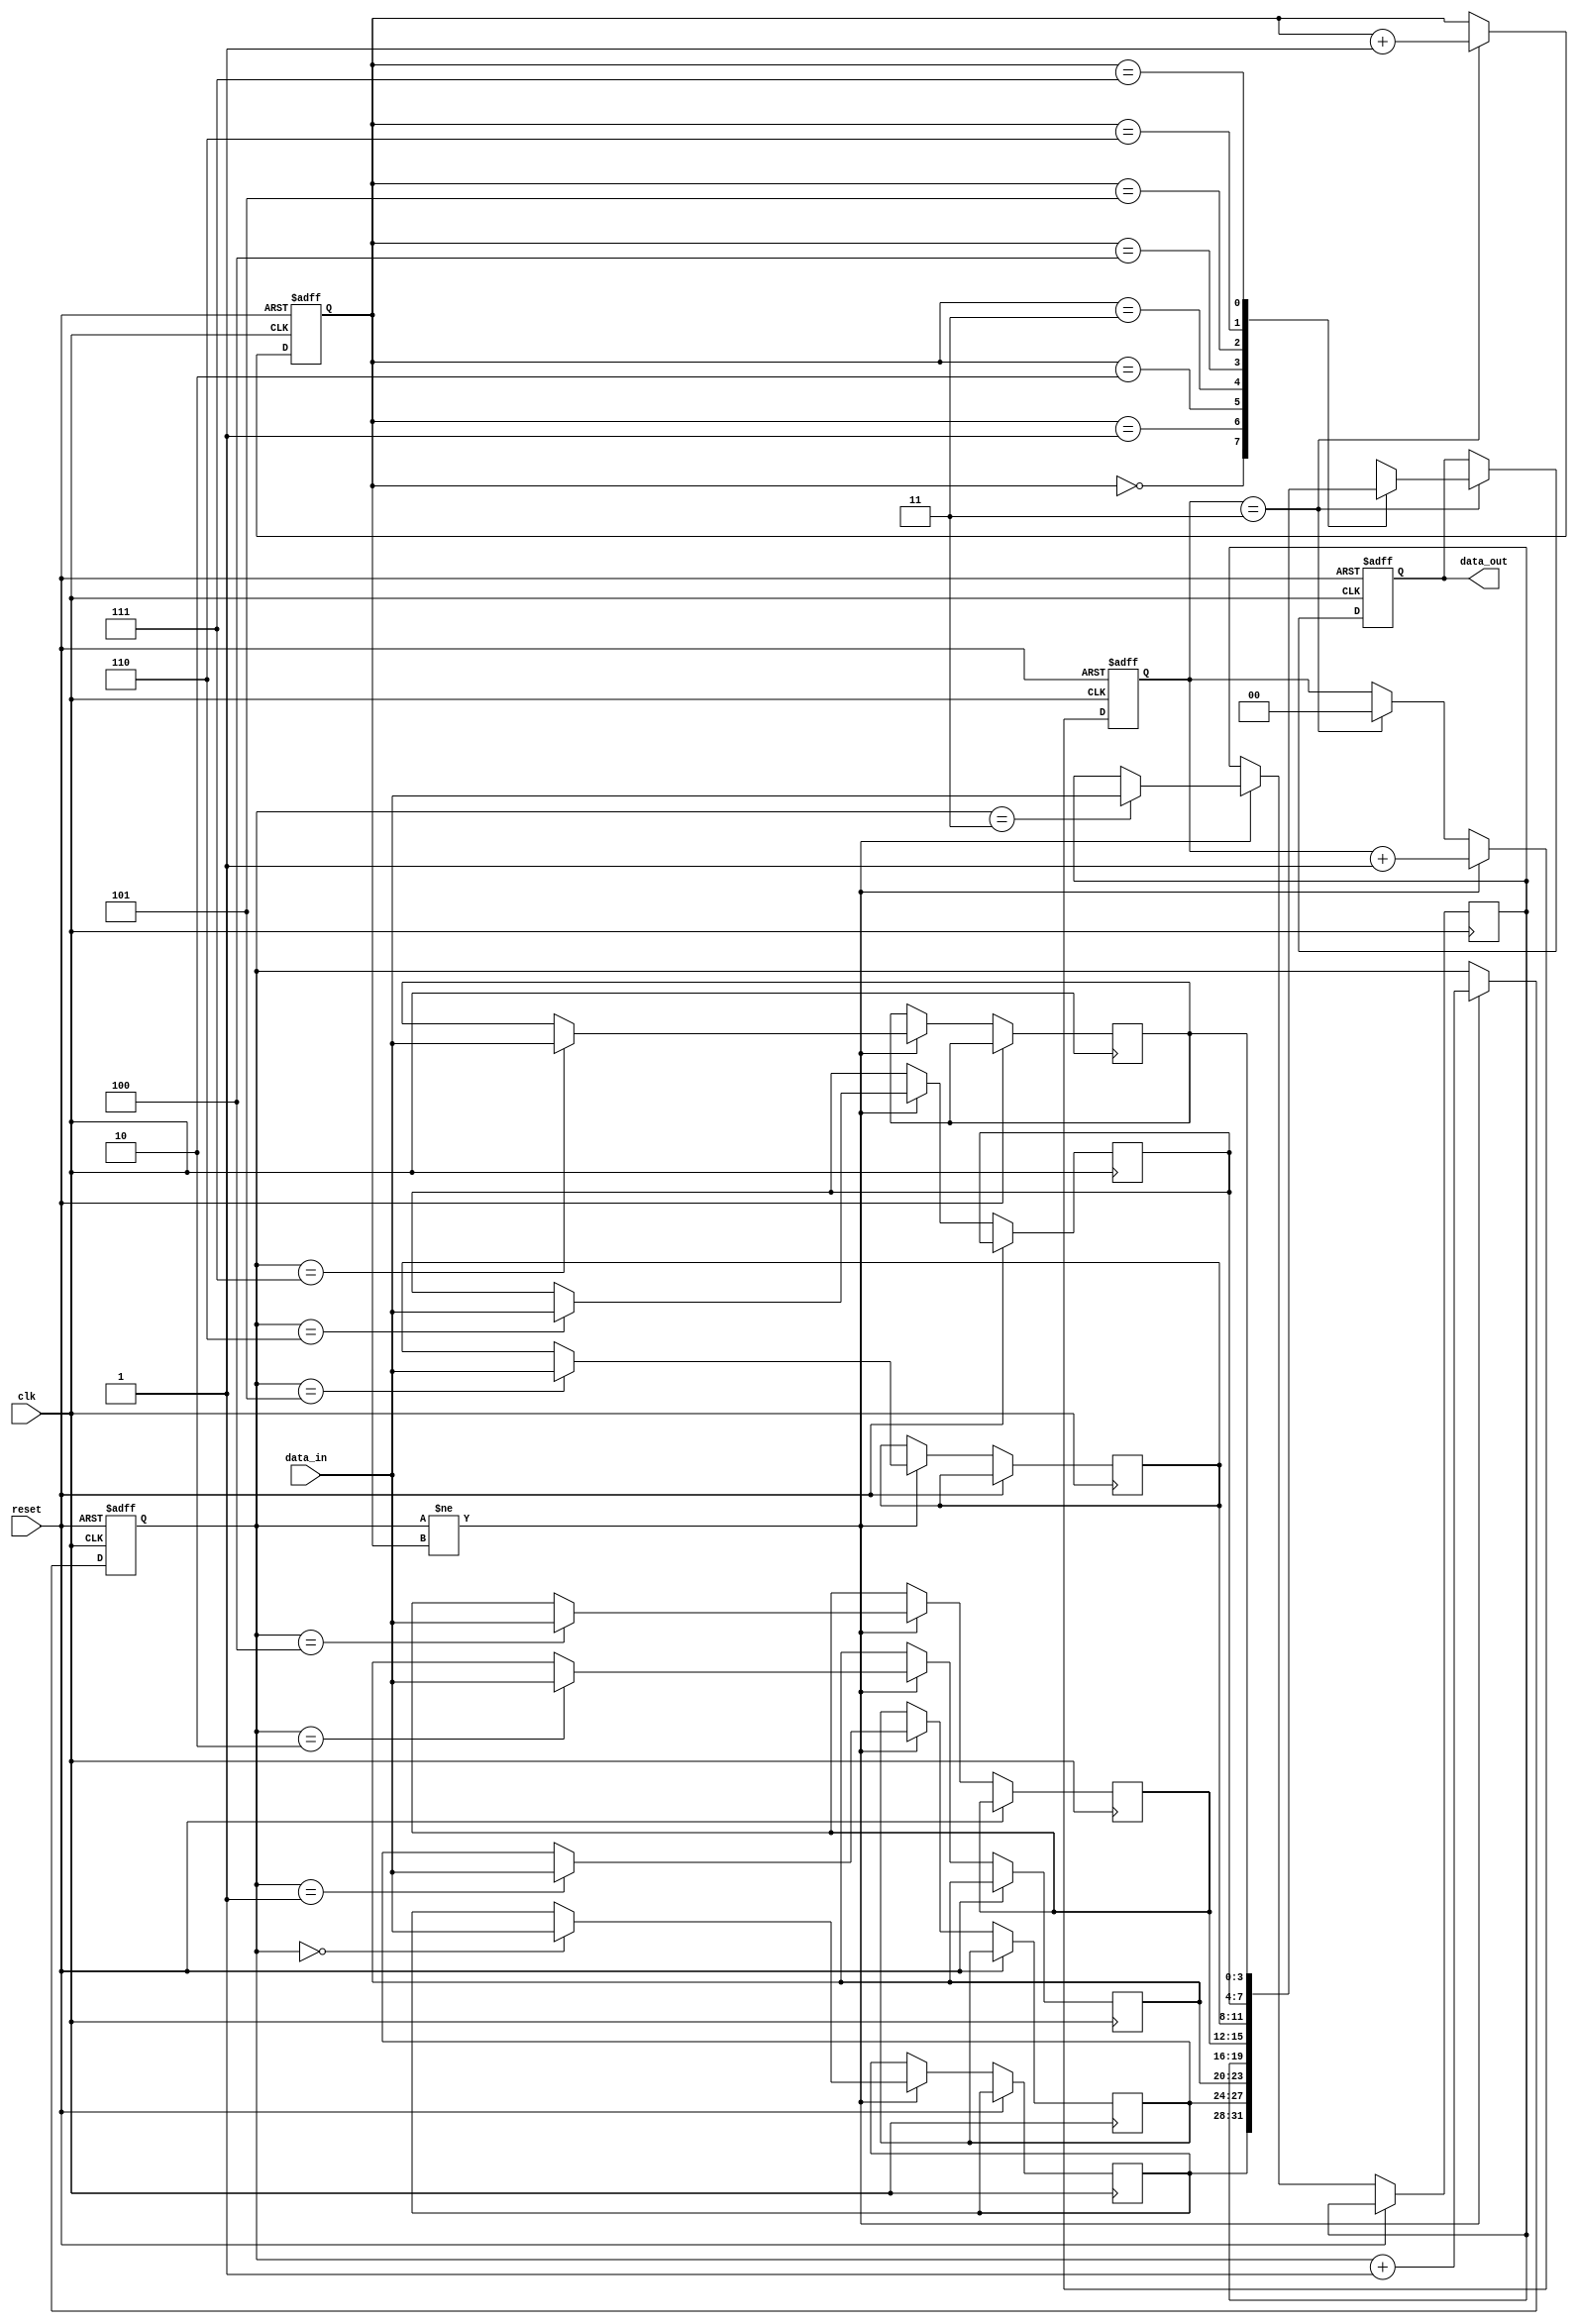
module BurstSynchronizer (
    input wire clk,
    input wire reset,
    input wire [3:0] data_in,
    output reg [3:0] data_out
);

reg [3:0] fifo [0:7];
reg [2:0] read_ptr = 3'd0;
reg [2:0] write_ptr = 3'd0;
reg [1:0] align_count = 2'd0;

always @(posedge clk or posedge reset) begin
    if (reset) begin
        read_ptr <= 3'd0;
        write_ptr <= 3'd0;
        align_count <= 2'd0;
        data_out <= 4'd0;
    end else begin
        if (align_count == 2'd3) begin
            data_out <= fifo[read_ptr];
            read_ptr <= read_ptr + 1;
            align_count <= 2'd0;
        end

        if (write_ptr != read_ptr) begin
              fifo[write_ptr] <= data_in;
              write_ptr <= write_ptr + 1;
              align_count <= align_count + 1;
        end
    end
end

endmodule